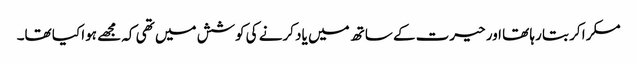
مسکرا کر بتا رہا تھا اور حیرت کے ساتھ میں یاد کرنے کی کوشش میں تھی کہ مجھے ہوا کیا تھا۔